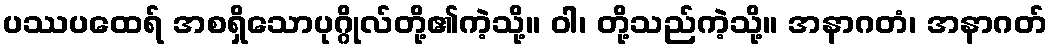
ပဿပထေရ် အစရှိသောပုဂ္ဂိုလ်တို့၏ကဲ့သို့။ ဝါ၊ တို့သည်ကဲ့သို့။ အနာဂတံ၊ အနာဂတ်